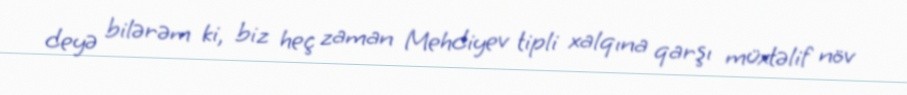
deyə bilərəm ki, biz heç zaman Mehdiyev tipli xalqına qarşı müxtəlif növ